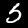
Digit: 5